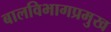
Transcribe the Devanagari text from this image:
बालविभागप्रमुख